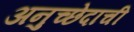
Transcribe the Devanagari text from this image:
अनुच्छेदाची